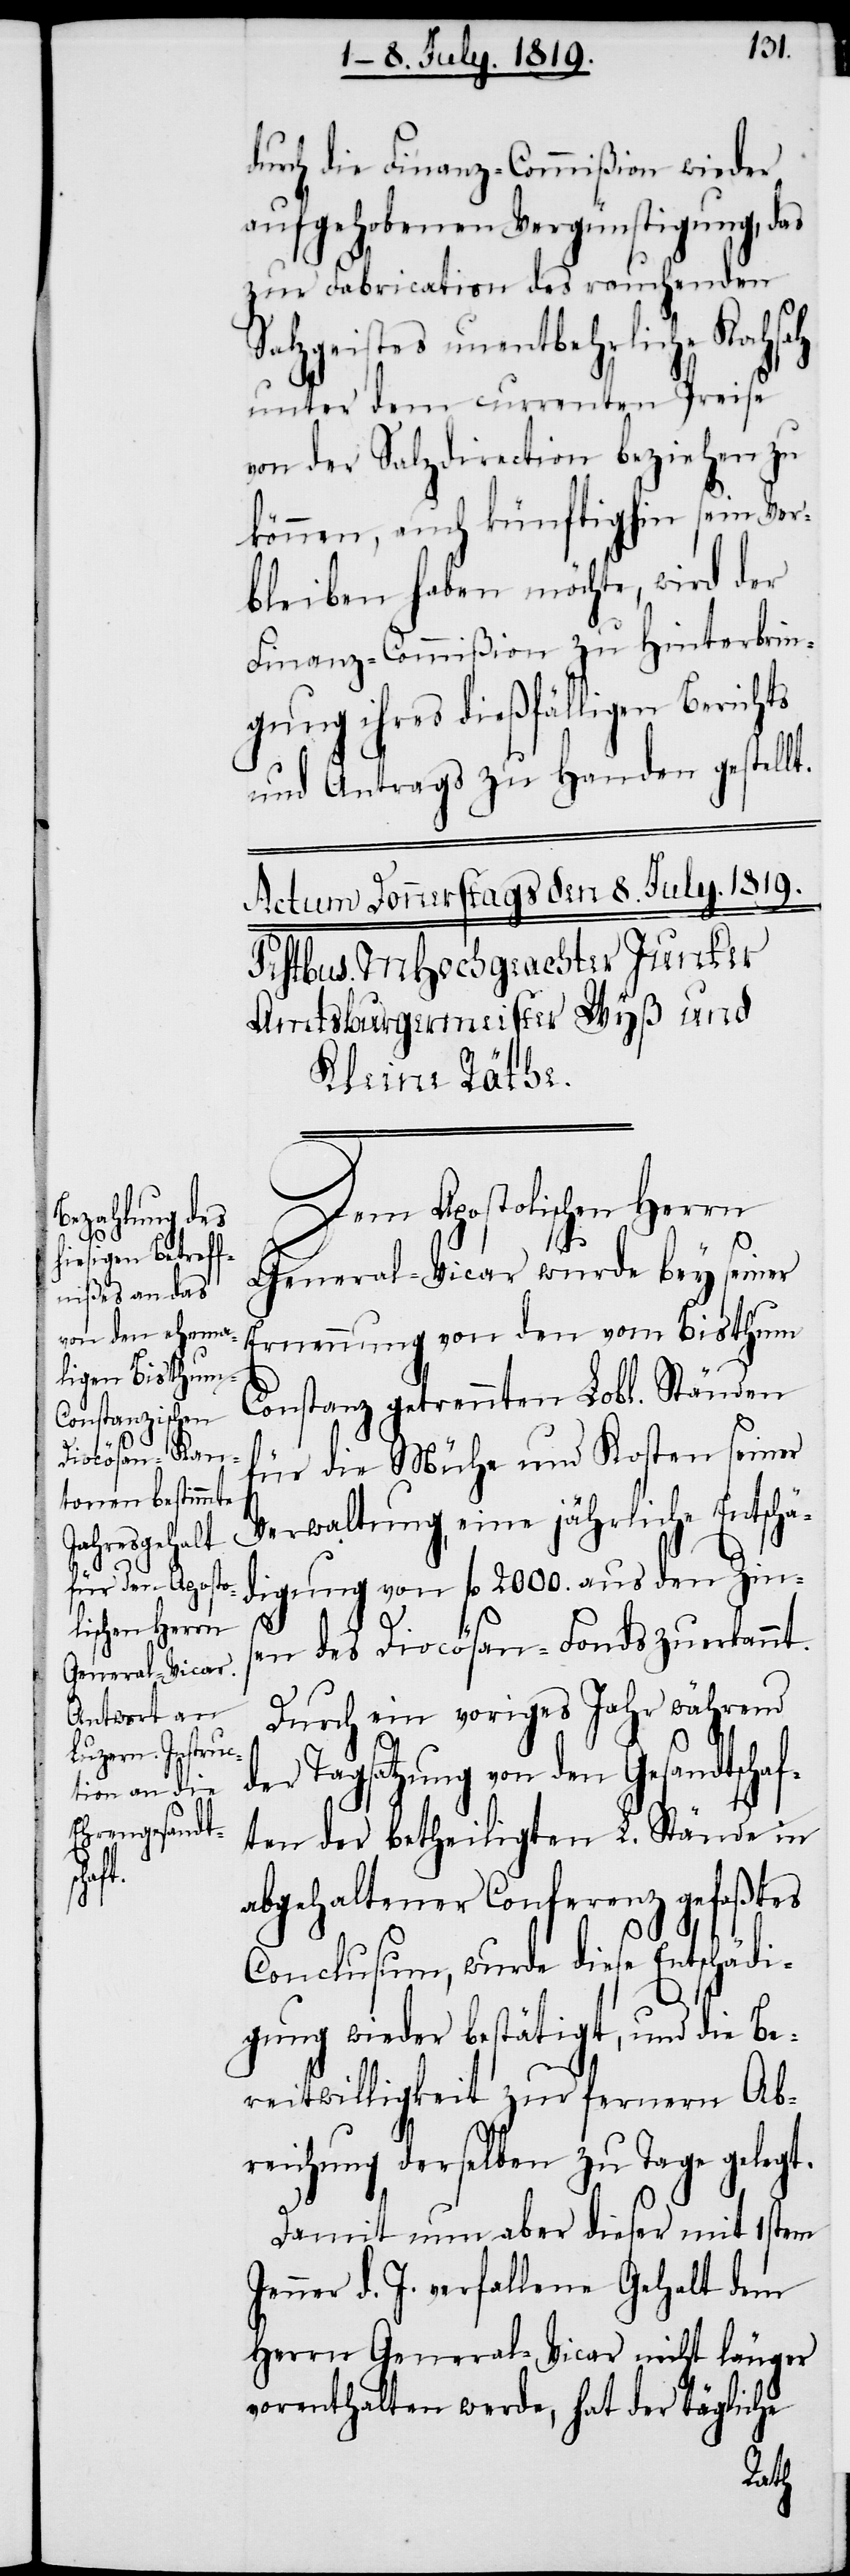
Jen¬

durch die Finanz-Commißion wieder
aufgehobenen Vergünstigung, das
zur Fabrication des rauchenden
Salzgeistes unentbehrliche Koch¬
unter dem currenten Preise
von der Salzdirection beziehen zu
können, auch künftighin sein Ver¬
bleiben haben möchte, wird der
Finanz-Commißion zu Hinterbrin¬
gung ihres dießfälligen Berichts
und Antrags zu Handen gestellt.
Dem Apostolischen Herrn
General-Vicar wurde bey seiner
Ernennung von den vom Bisthum
Constanz getrennten Lobl. Ständen
für die Mühe und Kosten seiner
Verwaltung, eine jährliche Entschä¬
digung von fl. 2000. aus den Zins¬
d¬
en des Diocösan-Fonds zuerkannt.
Durch ein voriges Jahr während
er Tagsatzung von den Gesandtschaf¬
ten der betheiligten L. Stände in
abgehaltener Conferenz gefaßtes
Conclusum, wurde diese Entschädi¬
gung wieder bestätigt, und die Be¬
reitwilligkeit zur fernern Ab¬
reichung derselben zu Tage gelegt.
Damit nun aber dieser mit 1stem
ner d. J. verfallene Gehalt dem
Herrn General-Vicar nicht länger
vorenthalten werde, hat der tägliche